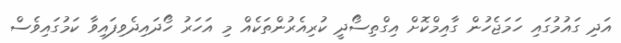
އަދި ގައުމުގައި ހަމަޖެހުން ގާއިމްކޮށް އިގްތިސޯދީ ކުރިއެރުންތަކެއް މި އަހަރު ހޯދައިދެވިފައިވާ ކަމުގައިވެސް